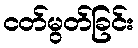
ငတ်မွတ်ခြင်း